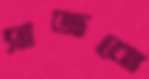
সাজবো